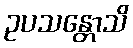
ဥပသန္တောသိ